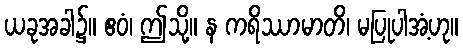
ယခုအခါ၌။ ဧဝံ၊ ဤသို့။ န ကရိဿာမာတိ၊ မပြုပါအံ့ဟု။